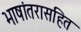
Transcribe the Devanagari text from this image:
भाषांतरासहित